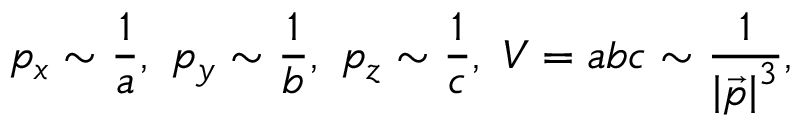
p _ { x } \sim \frac 1 a , \ p _ { y } \sim \frac 1 b , \ p _ { z } \sim \frac 1 c , \ V = a b c \sim \frac 1 { \left| \vec { p } \right| ^ { 3 } } ,